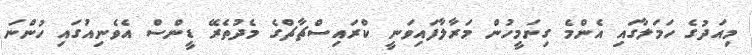
މިއަދުގެ ހަމަލާގައި އެންމެ ގިނަމީހުން މަރާލާފައިވަނީ ކްރައިސްޗާޗްގެ މެދުތެރޭ ޑީންސް އެވެނިއުގައި ހުންނަ